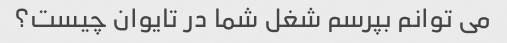
می توانم بپرسم شغل شما در تایوان چیست؟